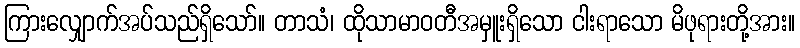
ကြားလျှောက်အပ်သည်ရှိသော်။ တာသံ၊ ထိုသာမာဝတီအမှူးရှိသော ငါးရာသော မိဖုရားတို့အား။